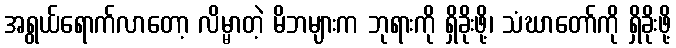
အရွယ်ရောက်လာတော့ လိမ္မာတဲ့ မိဘများက ဘုရားကို ရှိခိုးဖို့၊ သံဃာတော်ကို ရှိခိုးဖို့